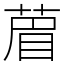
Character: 葿